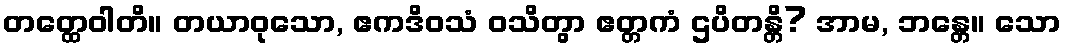
တတ္ထေဝါတိ။ တယာဝုသော, ဧကဒိဝသံ ဝသိတွာ ဧတ္တကံ ဌပိတန္တိ? အာမ, ဘန္တေ။ သော